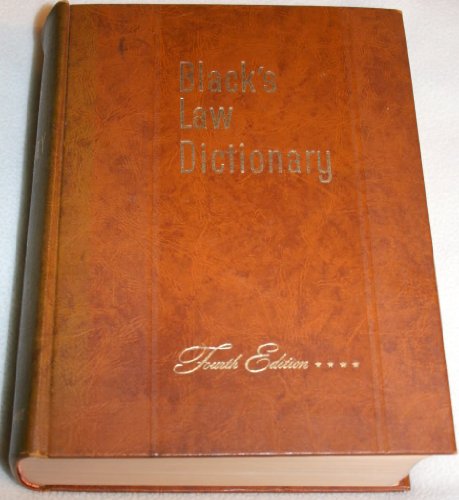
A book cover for Black's Law Dictionary (Definitions of the Terms and Phrases of American and English Jurisprudence, Ancient and Modern); henry black; Law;